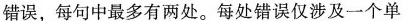
错误，每句中最多有两处。每处错误仅涉及一个单